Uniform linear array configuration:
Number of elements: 48
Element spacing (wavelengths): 0.5
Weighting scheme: blackman
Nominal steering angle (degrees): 0
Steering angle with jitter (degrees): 1.956
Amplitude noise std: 0.05
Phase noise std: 0.05

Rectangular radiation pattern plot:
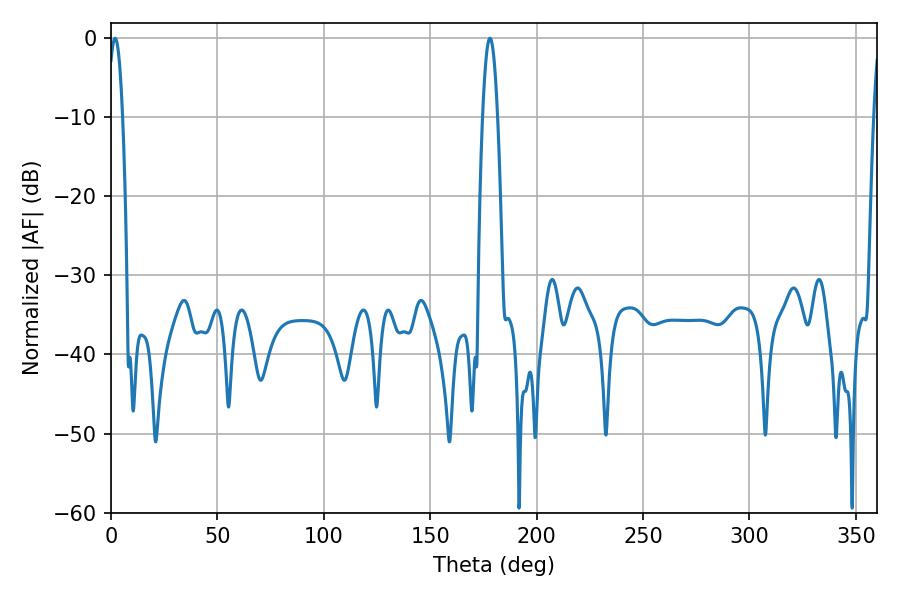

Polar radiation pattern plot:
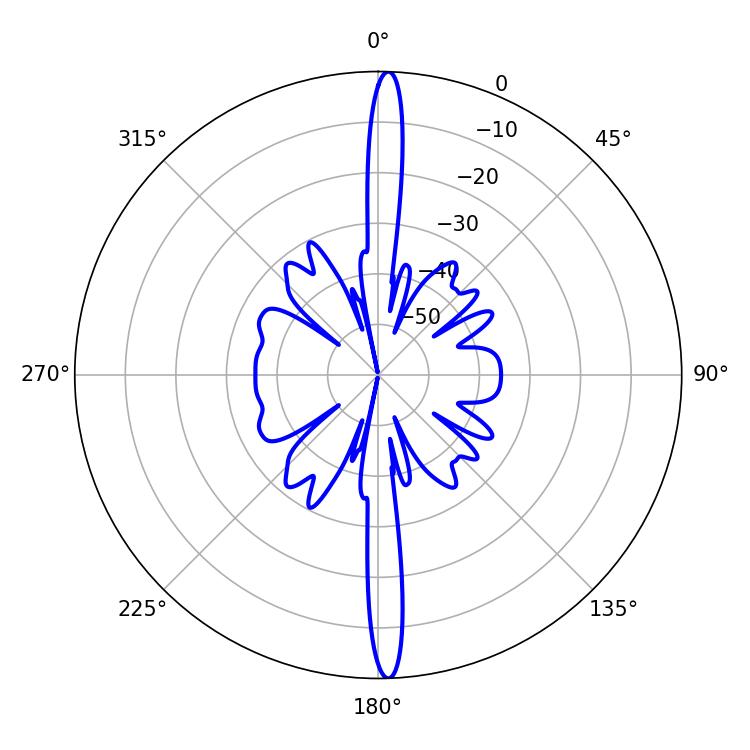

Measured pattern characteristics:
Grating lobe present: FALSE
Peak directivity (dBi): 26.308
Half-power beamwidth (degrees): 3.78
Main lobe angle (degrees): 1.98